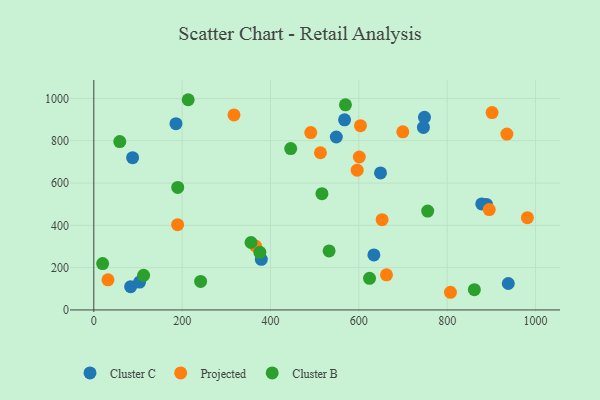
{"axis": {"x": "Experience", "y": "Exam Score"}, "legend": ["Cluster B", "Cluster C", "Projected"], "data": [{"x": "938.2", "y": 125.1, "type": "Cluster C"}, {"x": "186.0", "y": 880.8, "type": "Cluster C"}, {"x": "83.4", "y": 110.1, "type": "Cluster C"}, {"x": "649.0", "y": 647.6, "type": "Cluster C"}, {"x": "379.2", "y": 239.3, "type": "Cluster C"}, {"x": "888.8", "y": 498.7, "type": "Cluster C"}, {"x": "567.6", "y": 898.9, "type": "Cluster C"}, {"x": "748.5", "y": 910.5, "type": "Cluster C"}, {"x": "878.1", "y": 501.3, "type": "Cluster C"}, {"x": "634.0", "y": 260.3, "type": "Cluster C"}, {"x": "548.9", "y": 817.7, "type": "Cluster C"}, {"x": "746.1", "y": 862.8, "type": "Cluster C"}, {"x": "87.9", "y": 719.9, "type": "Cluster C"}, {"x": "103.7", "y": 131.9, "type": "Cluster C"}, {"x": "652.6", "y": 426.8, "type": "Projected"}, {"x": "901.5", "y": 933.0, "type": "Projected"}, {"x": "596.2", "y": 660.9, "type": "Projected"}, {"x": "491.1", "y": 838.5, "type": "Projected"}, {"x": "317.3", "y": 922.2, "type": "Projected"}, {"x": "699.4", "y": 842.2, "type": "Projected"}, {"x": "513.0", "y": 743.1, "type": "Projected"}, {"x": "895.1", "y": 474.5, "type": "Projected"}, {"x": "981.4", "y": 436.4, "type": "Projected"}, {"x": "189.7", "y": 403.2, "type": "Projected"}, {"x": "603.6", "y": 871.3, "type": "Projected"}, {"x": "662.5", "y": 166.1, "type": "Projected"}, {"x": "32.1", "y": 142.2, "type": "Projected"}, {"x": "935.0", "y": 831.4, "type": "Projected"}, {"x": "366.0", "y": 302.3, "type": "Projected"}, {"x": "807.3", "y": 83.5, "type": "Projected"}, {"x": "601.0", "y": 723.1, "type": "Projected"}, {"x": "445.7", "y": 762.7, "type": "Cluster B"}, {"x": "624.1", "y": 149.6, "type": "Cluster B"}, {"x": "190.0", "y": 579.4, "type": "Cluster B"}, {"x": "112.7", "y": 163.7, "type": "Cluster B"}, {"x": "516.4", "y": 549.8, "type": "Cluster B"}, {"x": "569.6", "y": 969.7, "type": "Cluster B"}, {"x": "20.0", "y": 219.1, "type": "Cluster B"}, {"x": "375.9", "y": 272.5, "type": "Cluster B"}, {"x": "58.8", "y": 796.1, "type": "Cluster B"}, {"x": "861.4", "y": 95.8, "type": "Cluster B"}, {"x": "241.8", "y": 134.8, "type": "Cluster B"}, {"x": "532.6", "y": 279.1, "type": "Cluster B"}, {"x": "213.7", "y": 993.9, "type": "Cluster B"}, {"x": "355.9", "y": 318.8, "type": "Cluster B"}, {"x": "755.8", "y": 467.2, "type": "Cluster B"}]}